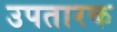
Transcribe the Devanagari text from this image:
उपतारक